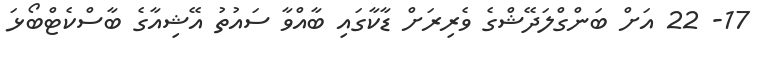
17- 22 އަށް ބަންގްލަދޭޝްގެ ވެރިރަށް ޑާކާގައި ބާއްވާ ސައުތު އޭޝިއާގެ ބާސްކެޓްބޯޅަ